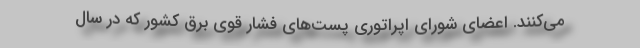
می‌کنند. اعضای شورای اپراتوری پست‌های فشار قوی برق کشور که در سال